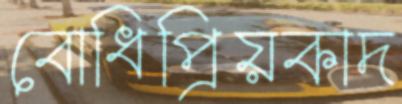
বোধিপ্রিয়কাদ